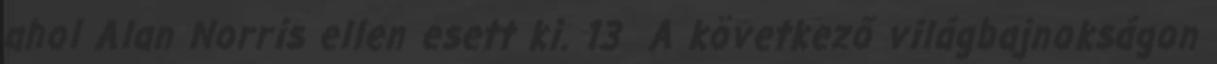
ahol Alan Norris ellen esett ki. 13 A következő világbajnokságon